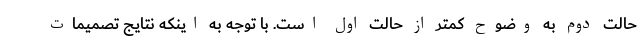
حالت دوم به وضوح کمتر از حالت اول است. با توجه به اینکه نتایج تصمیمات